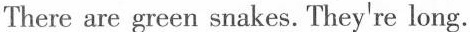
There are green snakes. They're long.